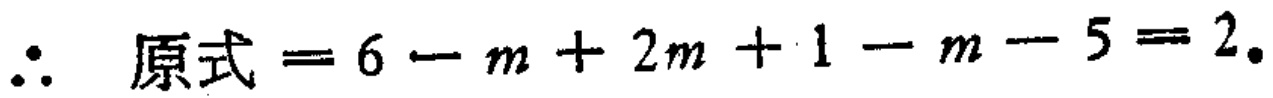
\(\therefore 原式 = 6 - m + 2m + 1 - m - 5 = 2.\)